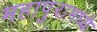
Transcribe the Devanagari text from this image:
महापुरामध्ये